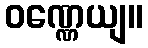
ဝဏ္ဏေယျ။